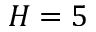
H = 5